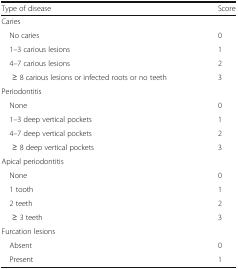
| Type of disease | Score |
 | --- | --- |
 | <COLSPAN=2> Caries |
 | No caries | 0 |
 | 1–3 carious lesions | 1 |
 | 4–7 carious lesions | 2 |
 | ≥ 8 carious lesions or infected roots or no teeth | 3 |
 | <COLSPAN=2> Periodontitis |
 | None | 0 |
 | 1–3 deep vertical pockets | 1 |
 | 4–7 deep vertical pockets | 2 |
 | ≥ 8 deep vertical pockets | 3 |
 | <COLSPAN=2> Apical periodontitis |
 | None | 0 |
 | 1 tooth | 1 |
 | 2 teeth | 2 |
 | ≥ 3 teeth | 3 |
 | <COLSPAN=2> Furcation lesions |
 | Absent | 0 |
 | Present | 1 |